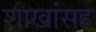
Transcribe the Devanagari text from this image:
शाखांसह